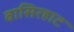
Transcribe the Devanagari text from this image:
बासिरहाट